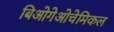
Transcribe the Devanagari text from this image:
बिओगेओचेमिकल